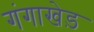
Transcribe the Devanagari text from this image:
गंगाखेड़